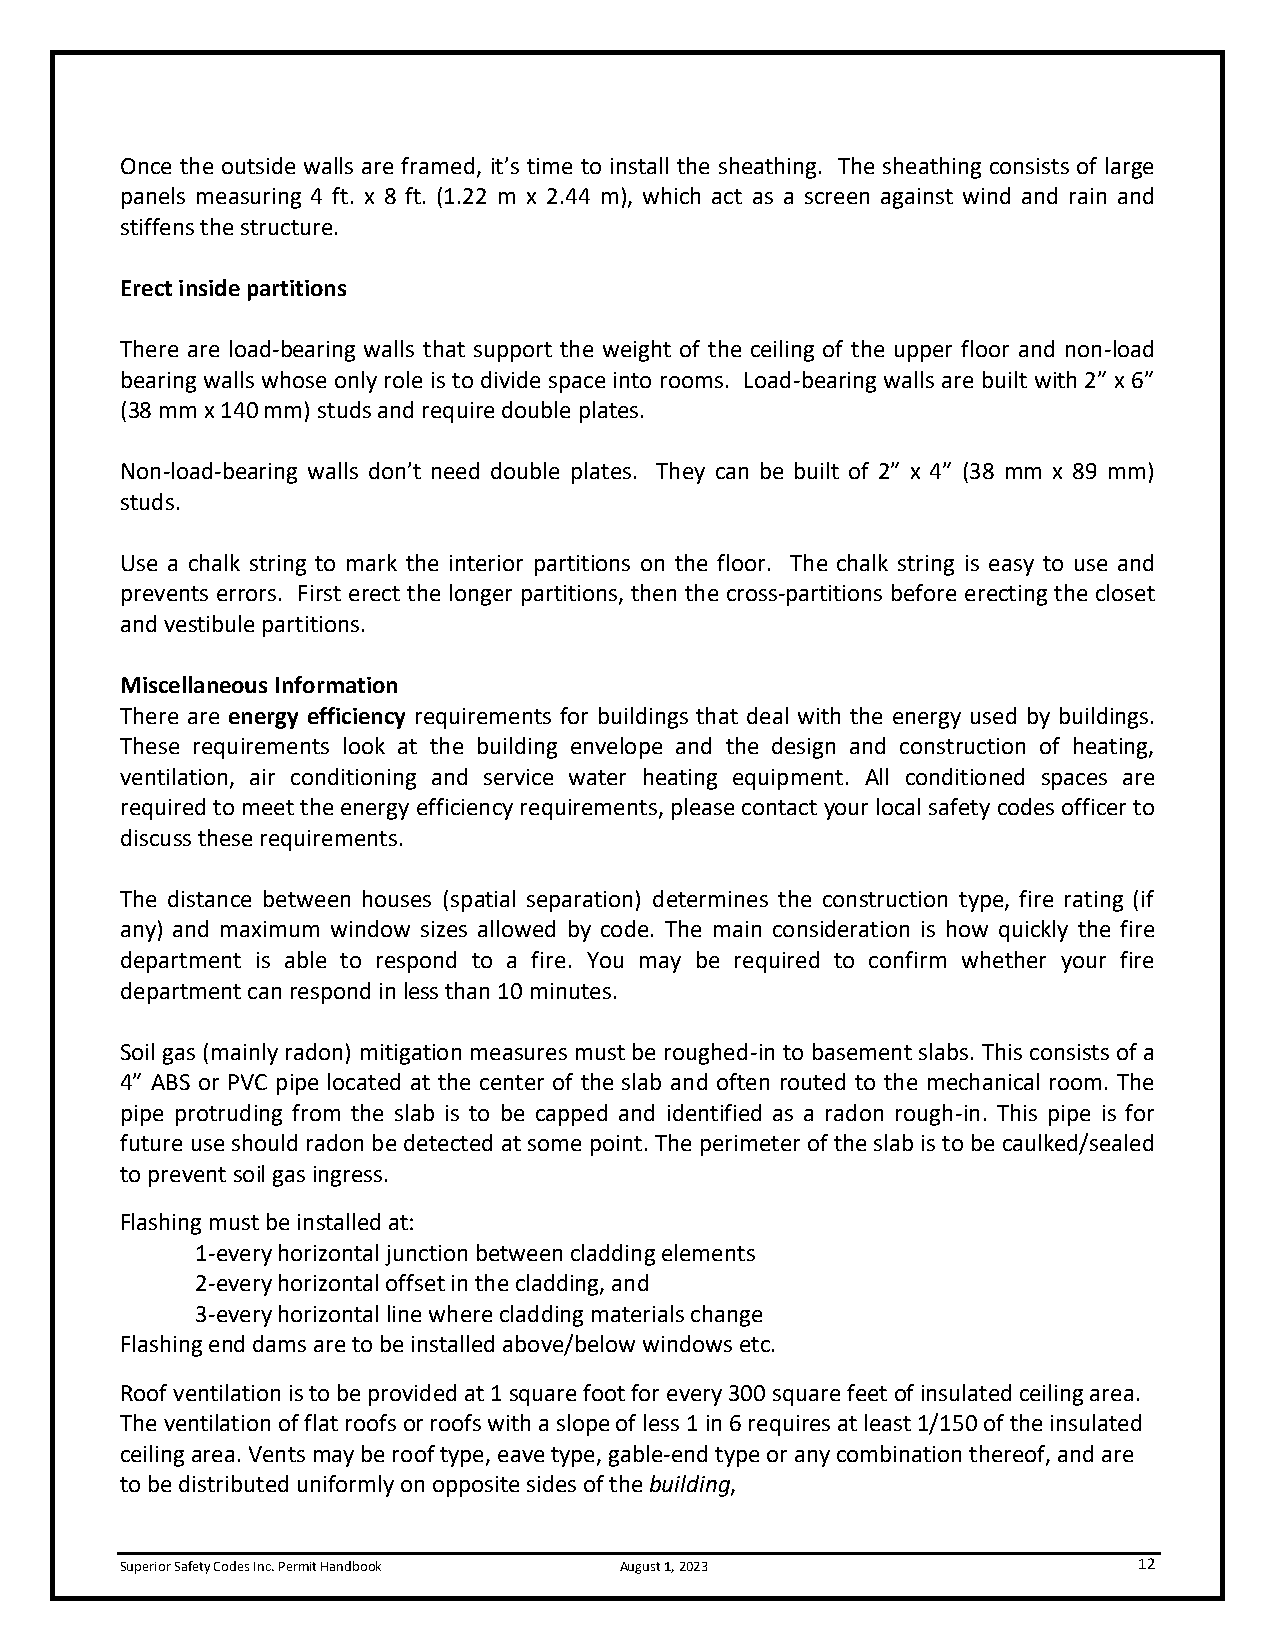
Once the outside walls are framed, it’s time to install the sheathing. The sheathing consists of large
 panels measuring 4 ft. x 8 ft. (1.22 m x 2.44 m), which act as a screen against wind and rain and
 stiffens the structure.
 Erect inside partitions
 There are load-bearing walls that support the weight of the ceiling of the upper floor and non-load
 bearing walls whose only role is to divide space into rooms. Load-bearing walls are built with 2” x 6”
 (38 mm x 140 mm) studs and require double plates.
 Non-load-bearing walls don’t need double plates. They can be built of 2” x 4” (38 mm x 89 mm)
 studs.
 Use a chalk string to mark the interior partitions on the floor. The chalk string is easy to use and
 prevents errors. First erect the longer partitions, then the cross-partitions before erecting the closet
 and vestibule partitions.
 Miscellaneous Information
 There are energy efficiency requirements for buildings that deal with the energy used by buildings.
 These requirements look at the building envelope and the design and construction of heating,
 ventilation, air conditioning and service water heating equipment. All conditioned spaces are
 required to meet the energy efficiency requirements, please contact your local safety codes officer to
 discuss these requirements.
 The distance between houses (spatial separation) determines the construction type, fire rating (if
 any) and maximum window sizes allowed by code. The main consideration is how quickly the fire
 department is able to respond to a fire. You may be required to confirm whether your fire
 department can respond in less than 10 minutes.
 Soil gas (mainly radon) mitigation measures must be roughed-in to basement slabs. This consists of a
 4” ABS or PVC pipe located at the center of the slab and often routed to the mechanical room. The
 pipe protruding from the slab is to be capped and identified as a radon rough-in. This pipe is for
 future use should radon be detected at some point. The perimeter of the slab is to be caulked/sealed
 to prevent soil gas ingress.
 Flashing must be installed at:
 1-every horizontal junction between cladding elements
 2-every horizontal offset in the cladding, and
 3-every horizontal line where cladding materials change
 Flashing end dams are to be installed above/below windows etc.
 Roof ventilation is to be provided at 1 square foot for every 300 square feet of insulated ceiling area.
 The ventilation of flat roofs or roofs with a slope of less 1 in 6 requires at least 1/150 of the insulated
 ceiling area. Vents may be roof type, eave type, gable-end type or any combination thereof, and are
 to be distributed uniformly on opposite sides of the building,
 Superior Safety Codes Inc. Permit Handbook August 1, 2023          12